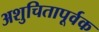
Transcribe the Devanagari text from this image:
अशुचितापूर्वक